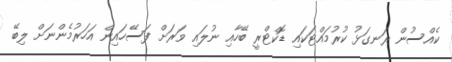
ކެއްސުން ރަނގަޅު ކުރުމައްޓަކައި ޑޮކްޓްރީ ބޭހާއި ނުލައި ވަރަށް ފަސޭހައިން އަހަރުމެންނަށް ލިބޭ